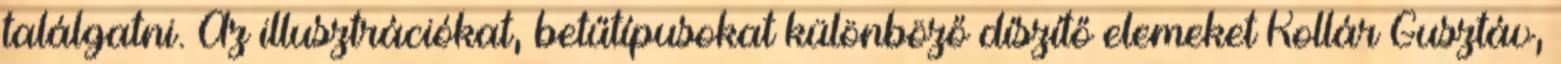
találgatni. Az illusztrációkat, betűtípusokat különböző díszítő elemeket Kollár Gusztáv,